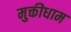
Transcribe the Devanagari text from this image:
मुक्तीधाम